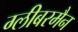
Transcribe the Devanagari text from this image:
ग्लीबरमैन